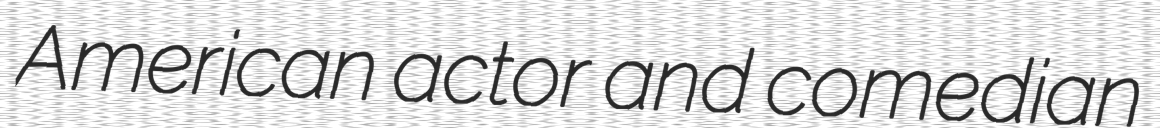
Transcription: American actor and comedian